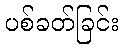
ပစ်ခတ်ခြင်း